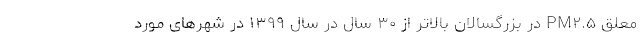
معلق PM۲.۵ در بزرگسالان بالاتر از ۳۰ سال در سال ۱۳۹۹ در شهرهای مورد